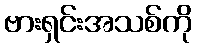
ဗားရှင်းအသစ်ကို